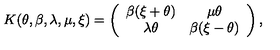
K ( \theta , \beta , \lambda , \mu , \xi ) = \left( \begin{array} { c c } { \beta ( \xi + \theta ) } & { \mu \theta } \\ { \lambda \theta } & { \beta ( \xi - \theta ) } \\ \end{array} \right) ,